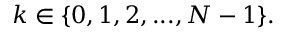
k \in \{ 0 , 1 , 2 , . . . , N - 1 \} .